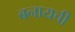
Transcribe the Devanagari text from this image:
बनायची